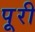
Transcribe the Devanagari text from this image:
पूूरी